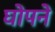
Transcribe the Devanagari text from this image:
घोपने